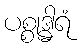
ပစ္စုဒ္ဓါရံ